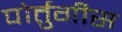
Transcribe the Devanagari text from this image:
पोर्तुगीस